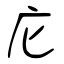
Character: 庀